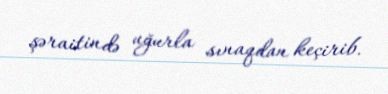
şəraitində uğurla sınaqdan keçirib.